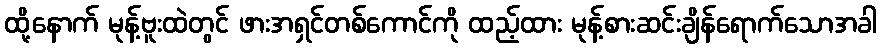
ထို့နောက် မုန့်ဗူးထဲတွင် ဖားအရှင်တစ်ကောင်ကို ထည့်ထား မုန့်စားဆင်းချိန်ရောက်သောအခါ